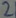
Text: 1